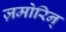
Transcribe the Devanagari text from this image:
ज़मोरिन्